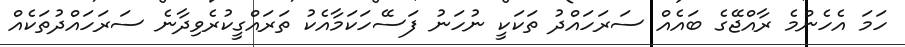
ހަމަ އެހެންމެ ރާއްޖޭގެ ބައެއް ސަރަހައްދު ތަކަކީ ނުހަނު ފަސޭހަކަމާއެކު ތަރައްގީކުރެވިދާނެ ސަރަހައްދުތަކެއް